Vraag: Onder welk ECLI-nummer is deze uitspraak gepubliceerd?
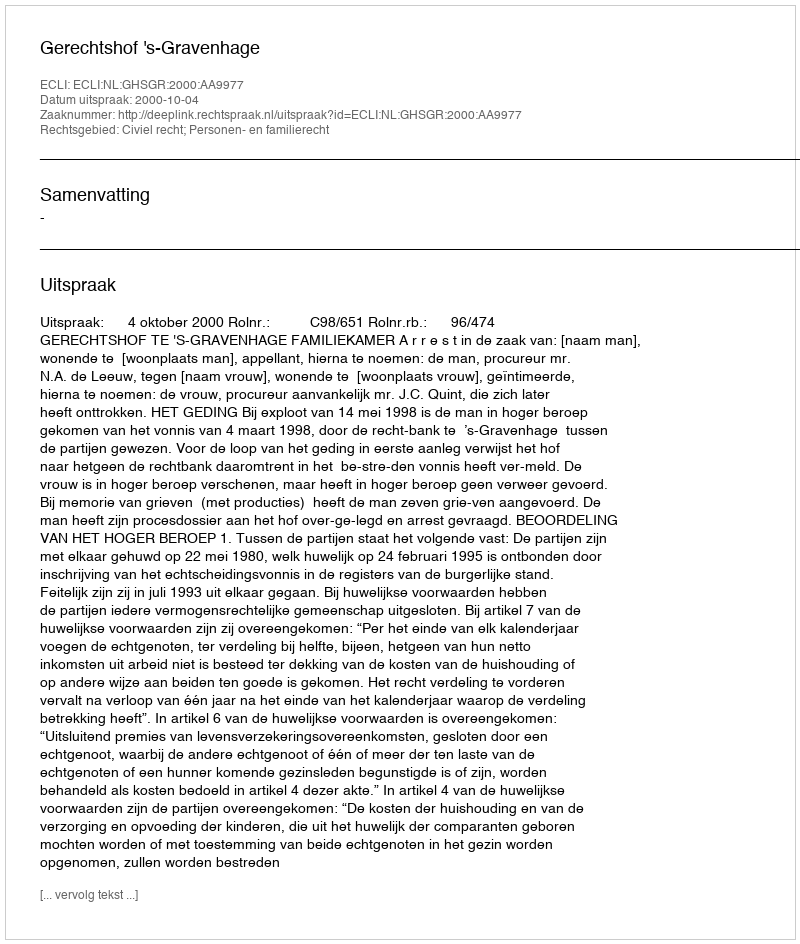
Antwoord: ECLI:NL:GHSGR:2000:AA9977